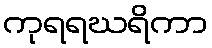
ကုရရဃရိကာ